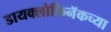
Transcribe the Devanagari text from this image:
डायक्लोफिनॅकच्या